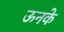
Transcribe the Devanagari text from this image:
ऊनके